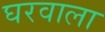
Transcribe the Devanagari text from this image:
घरवाला